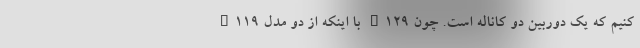
کنیم که یک دوربین دو کاناله است. چون a129 با اینکه از دو مدل a119